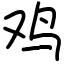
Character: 鸡